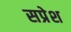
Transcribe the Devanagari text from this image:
सप्रेश